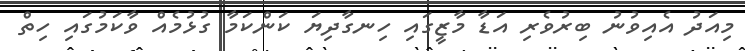
މިއަދު އެއިވުނު ބިރުވެރި އަޑާ މާޒީގައި ހިނގާދިޔަ ކަންކަމާ ގުޅުމެއް ވާކަމުގައި ހިތް